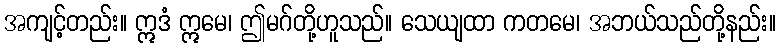
အကျင့်တည်း။ ဣဒံ ဣမေ၊ ဤမဂ်တို့ဟူသည်။ သေယျထာ ကတမေ၊ အဘယ်သည်တို့နည်း။